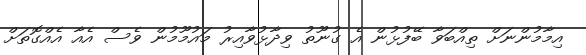
އިމާމުންނަށް ތިއްބަވާ ބޭފުޅުން އެ ގުނޫތު ވިދާޅުވާއިރު މައުމޫމުން ވެސް އެއާ އެއްގޮތަށް